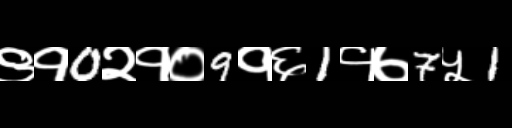
Text: ९१0२१०9१६1१७7५1